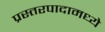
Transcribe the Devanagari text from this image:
प्रस्तरपादामध्ये